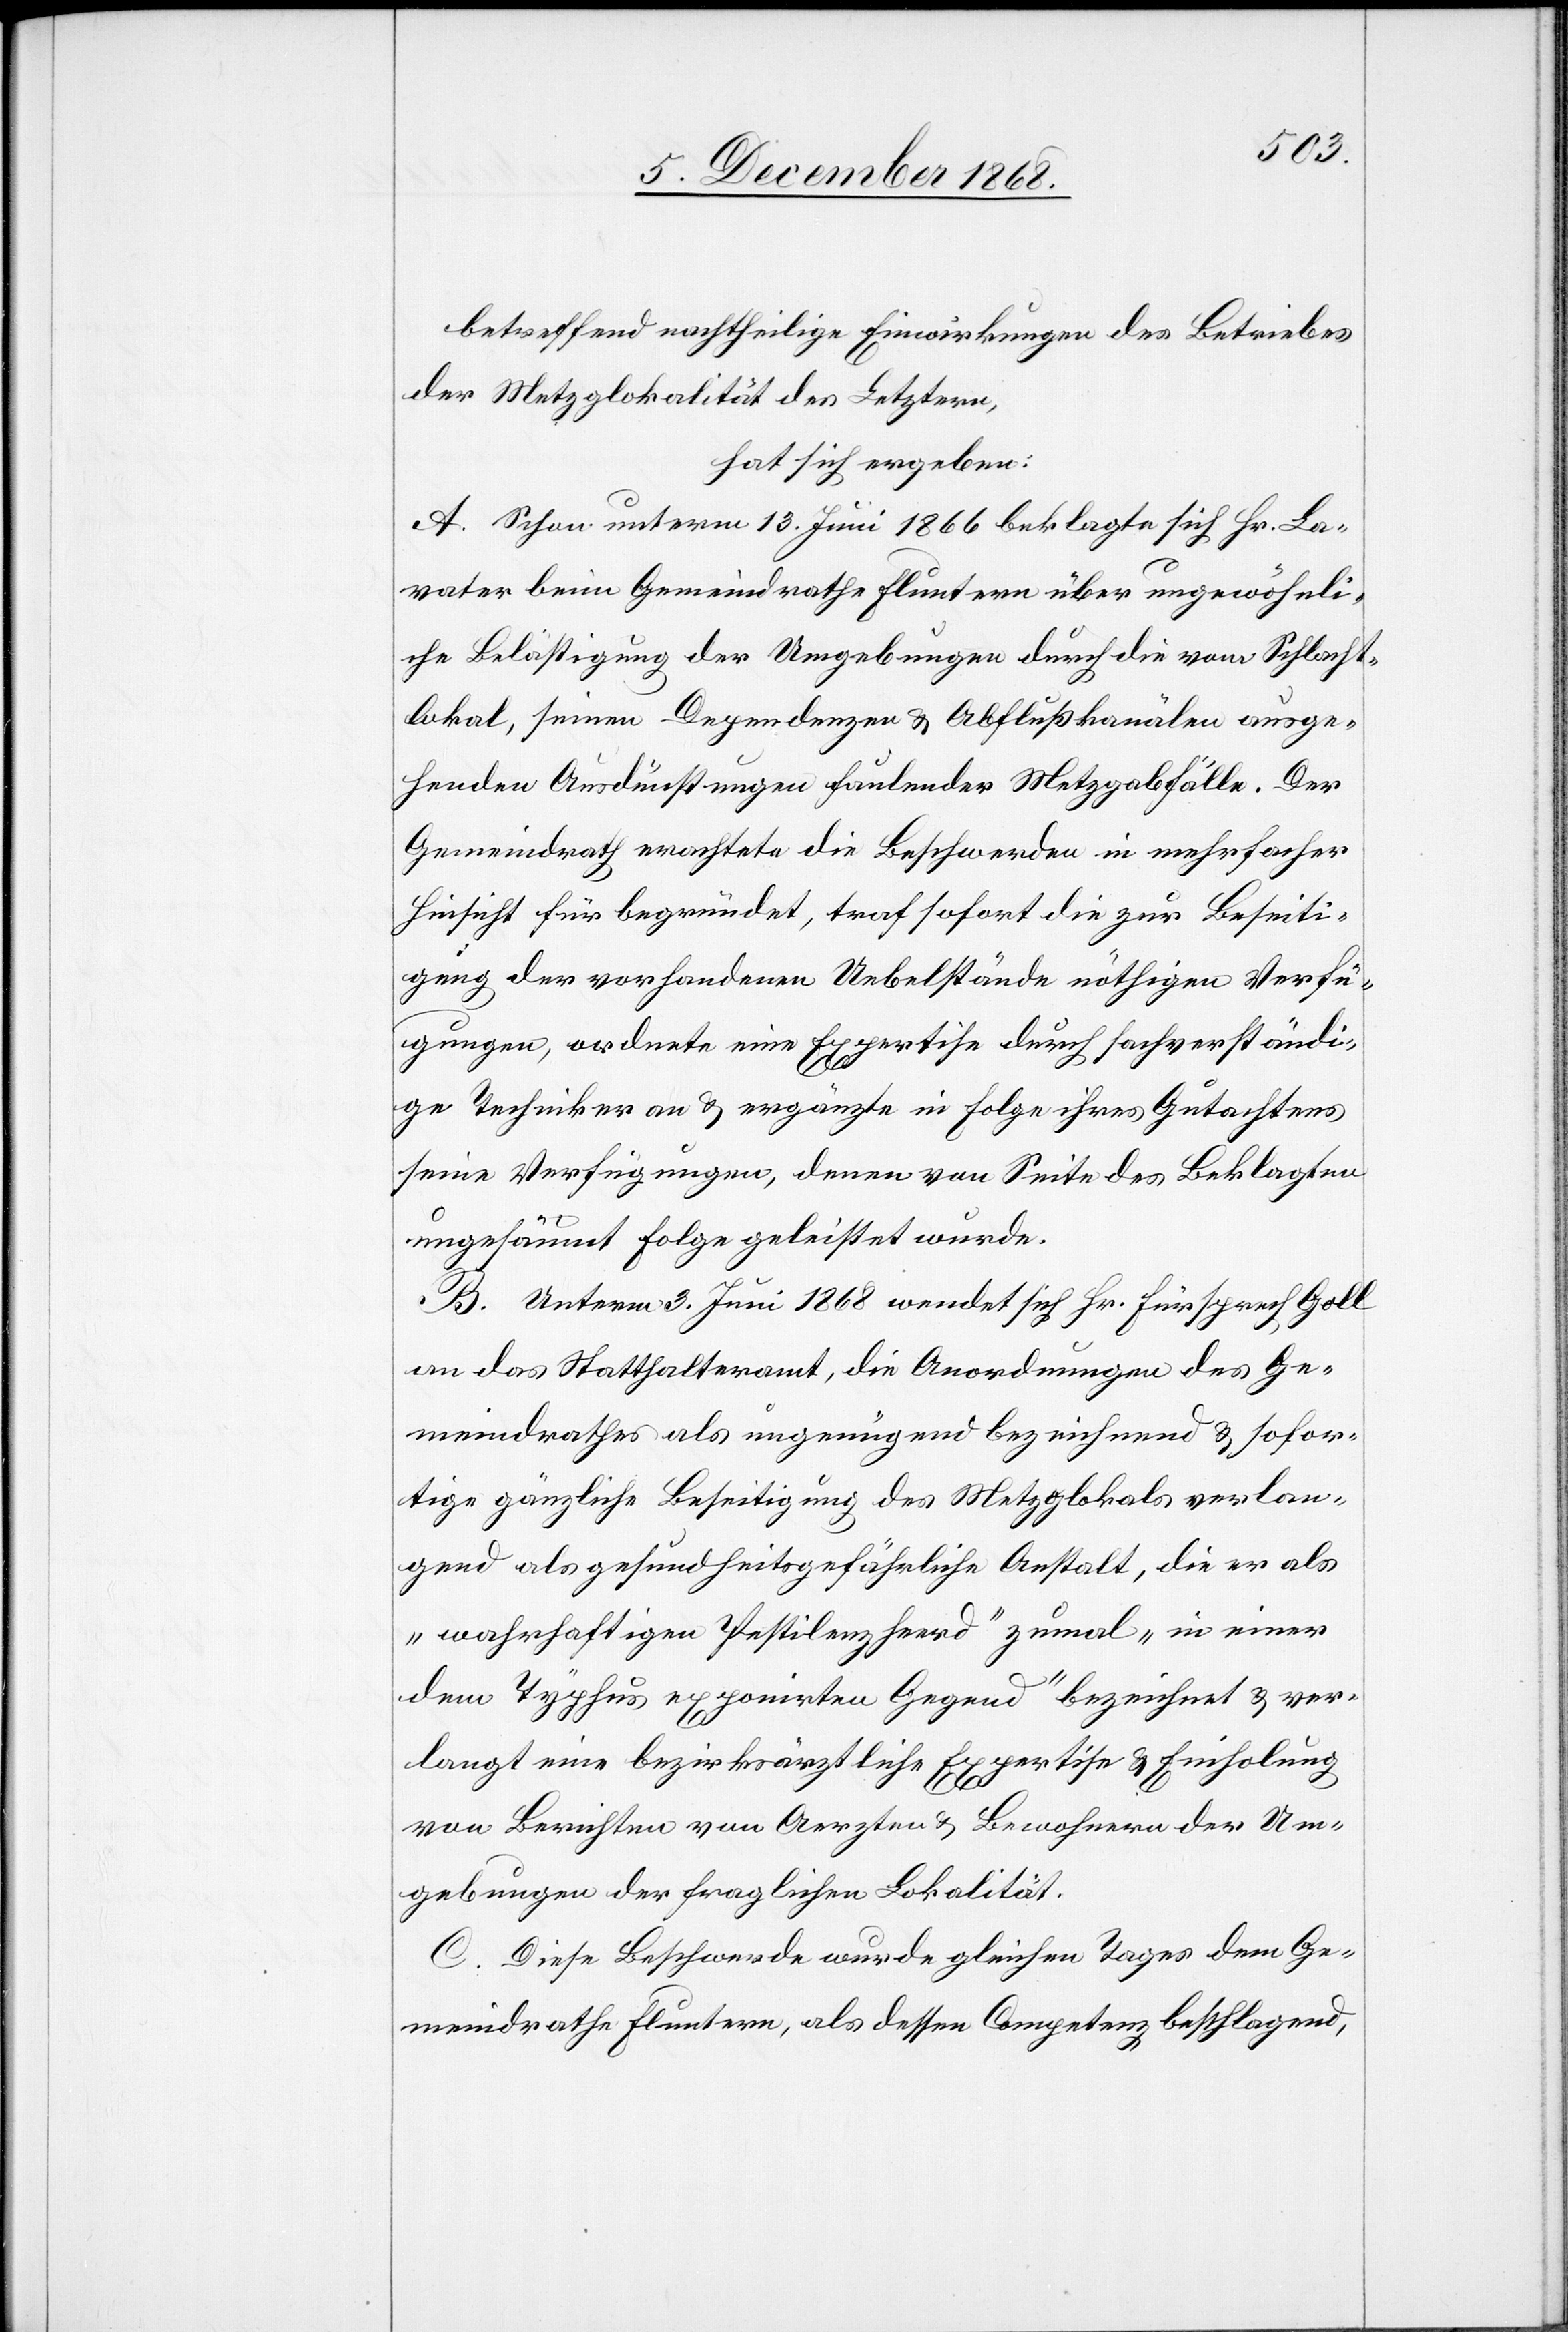
betreffend nachtheilige Einwirkungen des Betriebes
der Metzglokalität des Letztern,
hat sich ergeben:
A. Schon unterm 13. Juni 1866 beklagte sich Hr. La¬
vater beim Gemeindrathe Fluntern über ungewöhnli¬
che Belästigung der Umgebungen durch die vom Schlacht¬
lokal, seinen Dependenzen & Abflußkanälen ausge¬
henden Ausdünstungen faulender Metzgabfälle. Der
Gemeindrath erachtete die Beschwerden in mehrfacher
Hinsicht für begründet, traf sofort die zur Beseiti¬
gung der vorhandenen Uebelstände nöhtigen Verfü¬
gungen, ordnete eine Expertise durch sachverständi¬
ge Techniker an & ergänzte in Folge ihres Gutachtens
seine Verfügungen, denen von Seite des Beklagten
ungesäumt Folge geleistet wurde.
B. Unterm 3. Juni 1868 wendet sich Hr. Fürsprech Goll
an das Statthalteramt, die Anordnungen des Ge¬
meindrathes als ungenügend bezeichnend & sofor¬
tige gänzliche Beseitigung des Metzglokals verlan¬
gend als gesundheitsgefährliche Anstalt, die er als
„wahrhaftigen Pestilenzheerd“ zumal „in einer
dem Typhus exponirten Gegend“ bezeichnet & ver¬
langt eine bezirksärztliche Expertise & Einholung
von Berichten von Aerzten & Bewohnern der Um¬
gebungen der fraglichen Lokalität.
C. Diese Beschwerde wurde gleichen Tages dem Ge¬
meindrathe Fluntern, als dessen Competenz beschlagend,